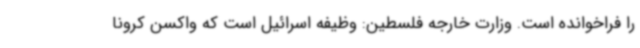
را فراخوانده است. وزارت خارجه فلسطین: وظیفه اسرائیل است که واکسن کرونا